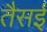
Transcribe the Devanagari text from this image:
तैसई